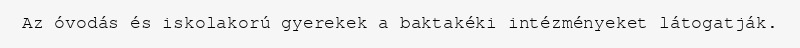
Az óvodás és iskolakorú gyerekek a baktakéki intézményeket látogatják.